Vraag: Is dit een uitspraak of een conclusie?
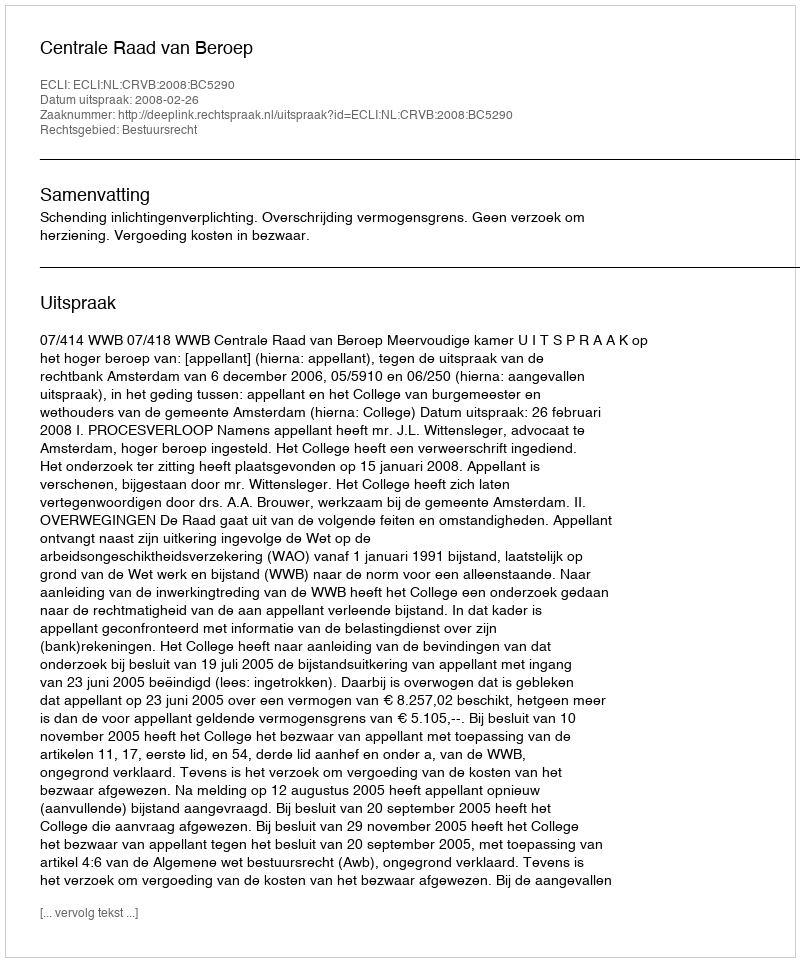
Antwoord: Uitspraak